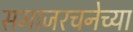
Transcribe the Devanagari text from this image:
समाजरचनेच्या